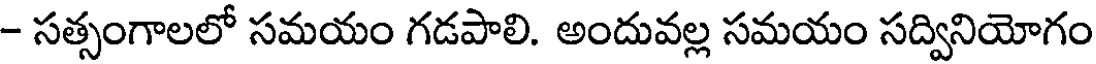
- సత్సంగాలలో సమయం గడపాలి. అందువల్ల సమయం సద్వినియోగం